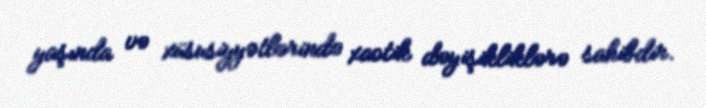
yaşında və xüsusiyyətlərində xaotik dəyişikliklərə sahibdir.